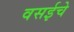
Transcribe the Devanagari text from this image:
वसईचे